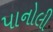
પાનોલી